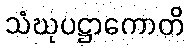
သံဃုပဋ္ဌာကောတိ